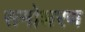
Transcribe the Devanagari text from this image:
समोशरण